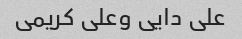
علی دایی وعلی کریمی